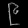
Digit: ၉